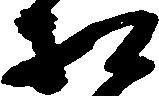
相